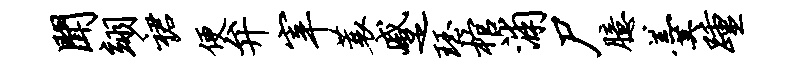
闻翊裙便弁宰蓑蹙珏棺浦尸臆羹踵